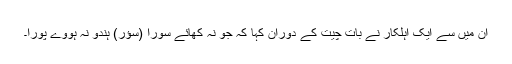
ان میں سے ایک اہلکار نے بات چیت کے دوران کہا کہ جو نہ کھائے سورا (سؤر) ہندو نہ ہووے پورا۔